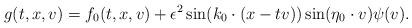
LaTeX: \begin{align*} g(t,x,v)= f_0(t,x,v) + \epsilon^2 \sin(k_0\cdot (x-tv)) \sin(\eta_0 \cdot v) \psi(v).\end{align*}